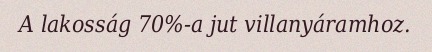
A lakosság 70%-a jut villanyáramhoz.